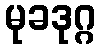
မုခဒုဂ္ဂ